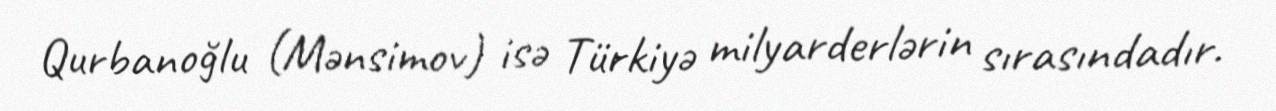
Qurbanoğlu (Mənsimov) isə Türkiyə milyarderlərin sırasındadır.